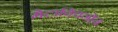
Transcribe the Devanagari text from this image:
मेटाक्विनोन